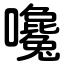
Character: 嚵